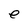
Character: e